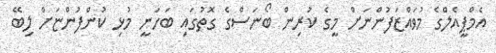
އެމްޕީއެލްގެ މުވައްޒަފުންނަށް މީގެ ކުރިން ބޯނަސްގެ ގޮތުގައި ބަހަނީ މުޅި ކުންފުންޏަށް ލިބޭ